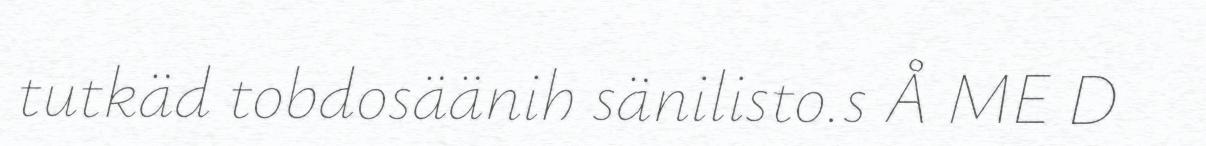
tutkäd tobdosäänih sänilisto.s Å ME D